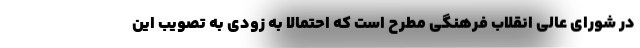
در شورای عالی انقلاب فرهنگی مطرح است که احتمالا به زودی به تصویب این